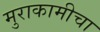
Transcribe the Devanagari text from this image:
मुराकामीचा